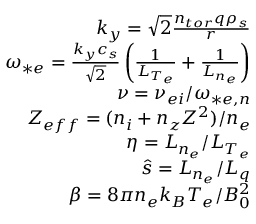
\begin{array} { r } { k _ { y } = \sqrt { 2 } \frac { n _ { t o r } q \rho _ { s } } { r } } \\ { \omega _ { * e } = \frac { k _ { y } c _ { s } } { \sqrt { 2 } } \left( \frac { 1 } { L _ { T _ { e } } } + \frac { 1 } { L _ { n _ { e } } } \right) } \\ { \nu = \nu _ { e i } / \omega _ { * e , n } } \\ { Z _ { e f f } = ( n _ { i } + n _ { z } Z ^ { 2 } ) / n _ { e } } \\ { \eta = L _ { n _ { e } } / L _ { T _ { e } } } \\ { \hat { s } = L _ { n _ { e } } / L _ { q } } \\ { \beta = 8 \pi n _ { e } k _ { B } T _ { e } / B _ { 0 } ^ { 2 } } \end{array}